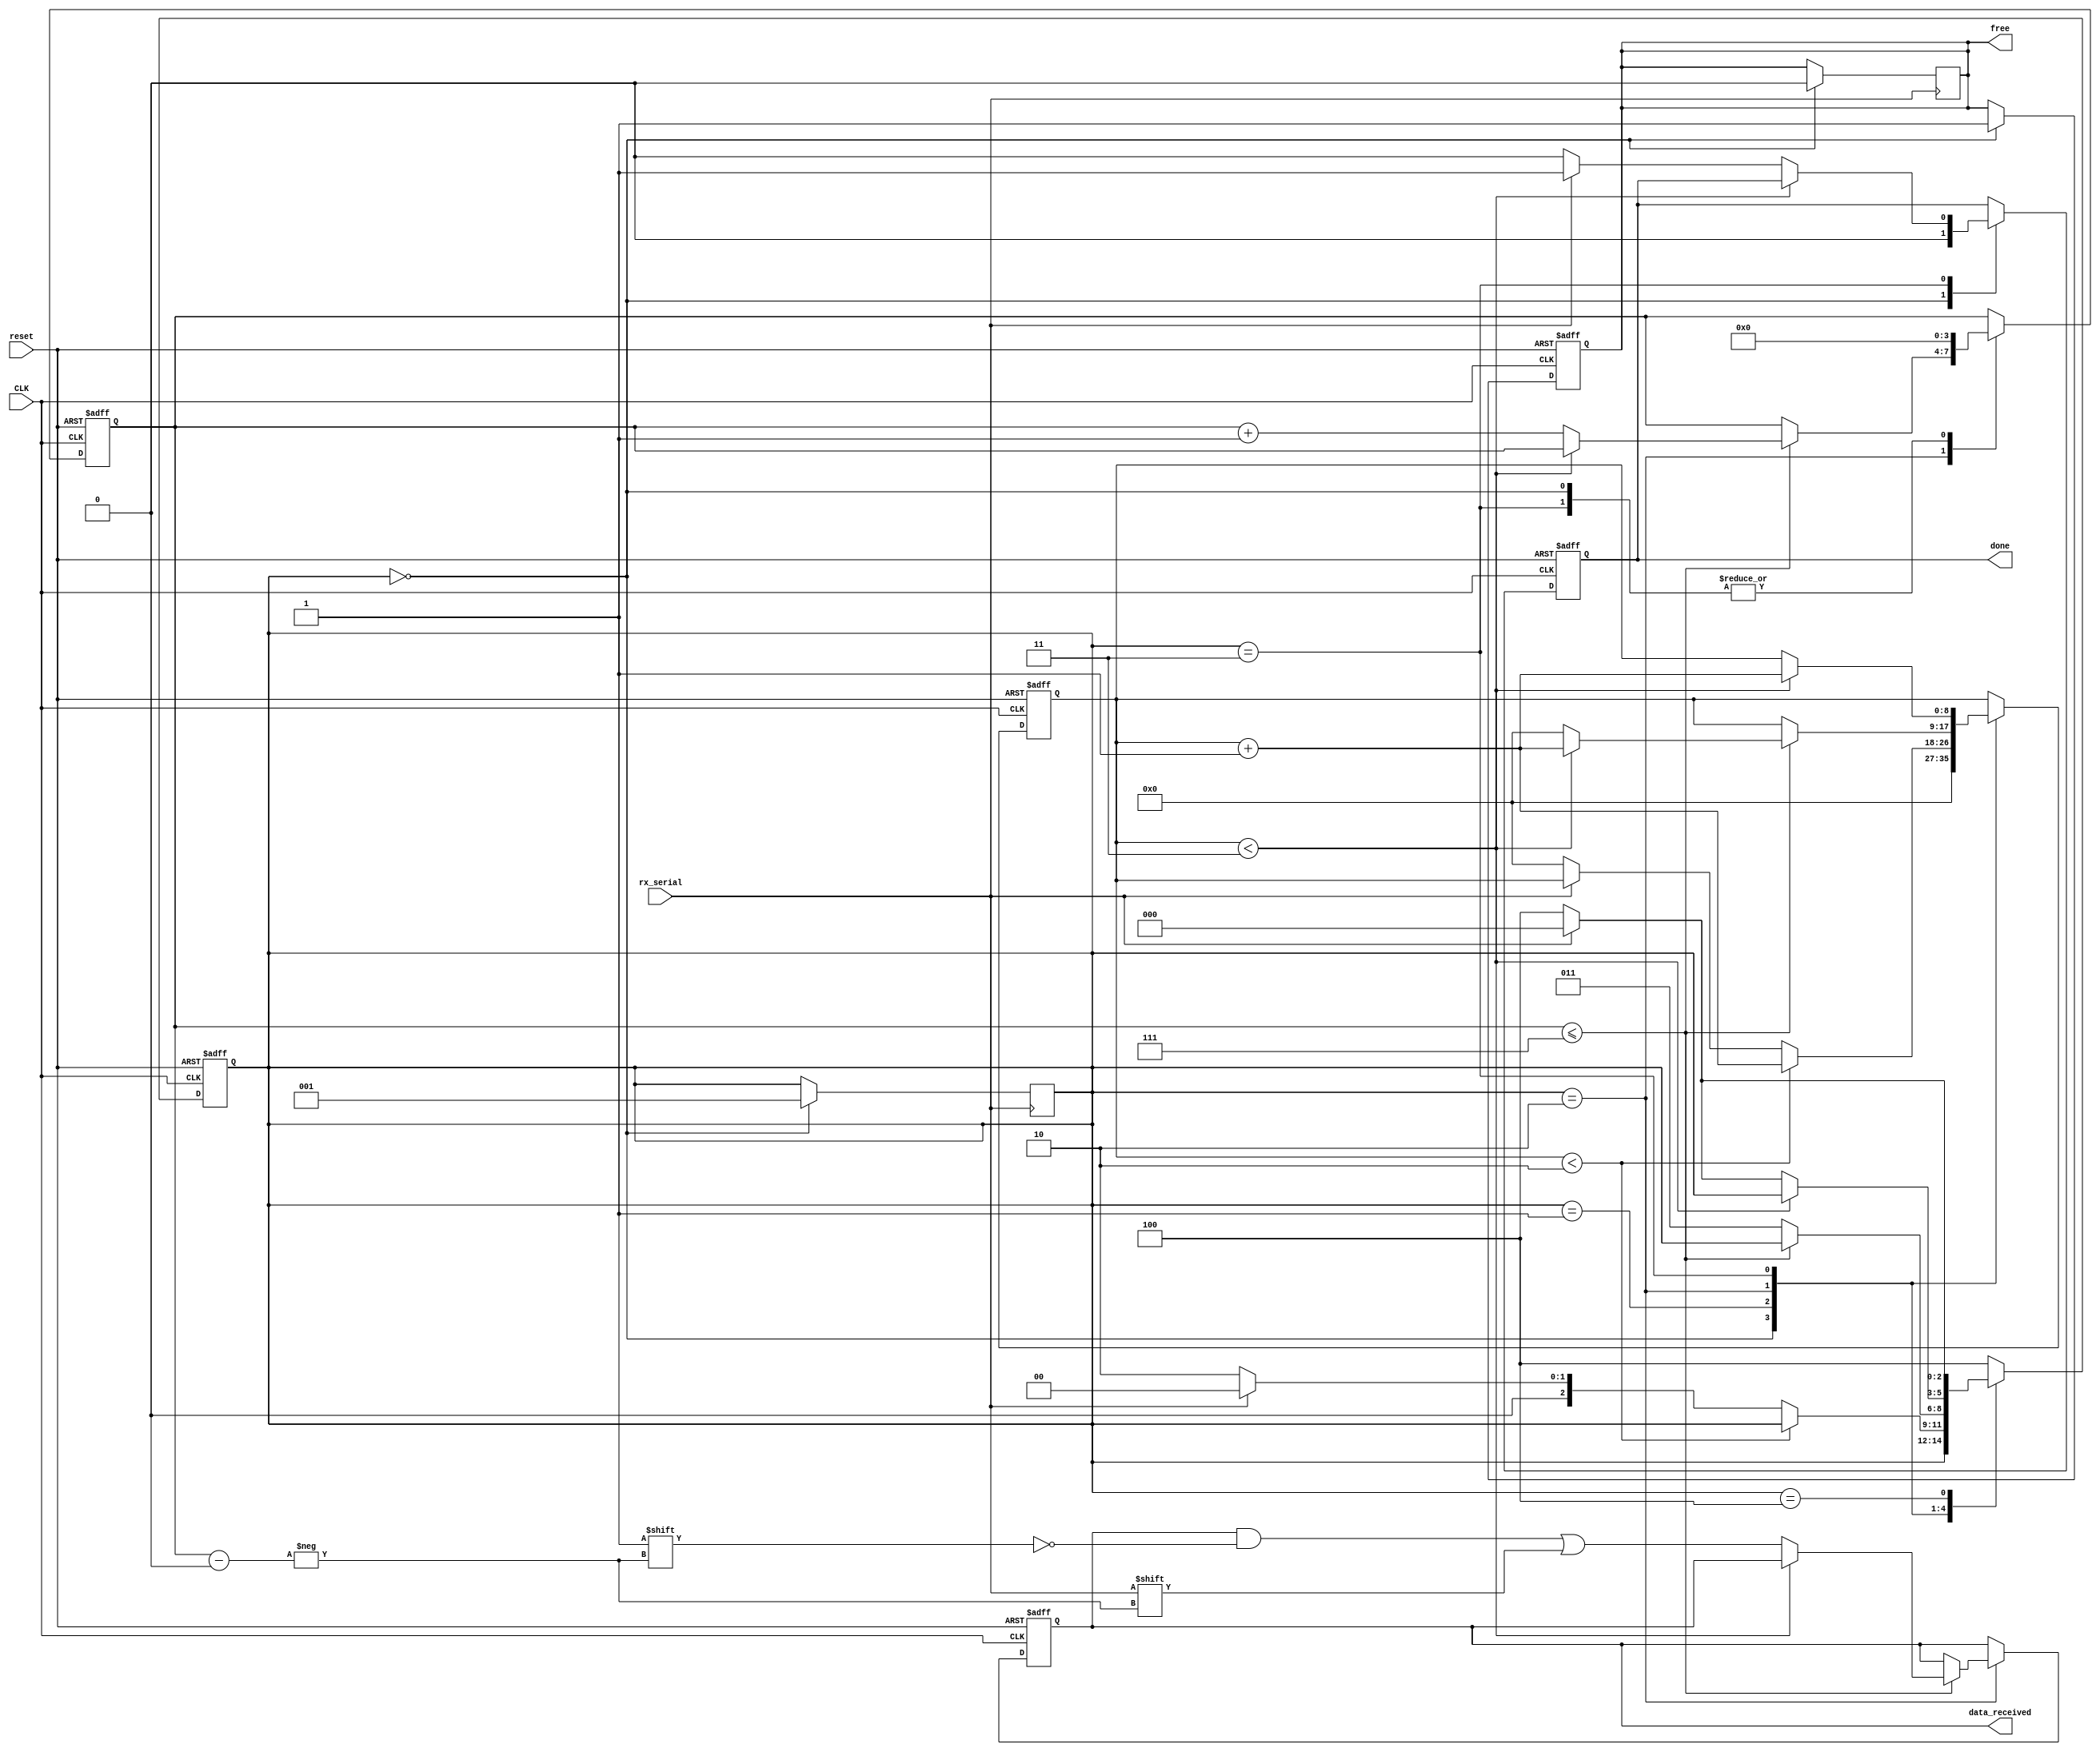
`timescale 1ps / 1ps
/*CPU frequency = 50 MHz*/
/*Baud Rate = 115200 bits per second*/
/*each bit needs (50,000,000)/(115,200) = 434 cycles*/
`define clocks_per_bit 4 /*I'm using only 4 cycles for each bit to make testing easier*/
`define IDLE      3'b000
`define START_BIT 3'b001
`define DATA_BITS 3'b010
`define STOP_BIT  3'b011
`define DELAY     3'b100

module receiver(
    input CLK,
    input rx_serial,
    input reset,
    output reg free,
    output reg done,
    output reg [7:0]data_received
    );
    
    reg [2:0]current_state;
    reg [3:0]rx_index;
    reg [8:0]clock_cycles;
    
    always @(negedge rx_serial) begin /*begi always*/
        if (current_state == `IDLE) begin
            current_state <= `START_BIT;
            free <= 0;
        end
    end /*end always*/
    
    always @(posedge CLK or posedge reset) begin /*begin always*/
        if (reset) begin
            free <= 1;
            done <= 0;
            data_received <= 0;
            current_state <= `IDLE;
            rx_index <= 0;
            clock_cycles <= 0;
        end
        else begin
        case (current_state) /*begin case*/
        
            `IDLE : begin /*begin IDLE*/
                rx_index <= 0;
                clock_cycles <= 0;
                done <= 0;
                free <= 1;
            end /*end IDLE*/
            
            `START_BIT : begin /*begin START_BIT*/
                if (clock_cycles < (`clocks_per_bit / 2)) clock_cycles <= clock_cycles + 1; /*wait for a half bit time*/
                else begin
                    if (rx_serial == 0) begin /*START BIT detected*/
                        current_state <= `DATA_BITS;
                        clock_cycles <= 0;
                    end
                    else begin /*START BIT not detected*/
                        current_state <= `IDLE;
                    end
                end
            end /*end START_BIT*/
            
            `DATA_BITS : begin /*begin DATA_BITS*/
                if (rx_index <= 7)begin
                    /*wait for a full bit time*/
                    if (clock_cycles < (`clocks_per_bit - 1)) clock_cycles <= clock_cycles + 1;
                    else begin
                        data_received[rx_index] <= rx_serial;
                        rx_index <= rx_index + 1;
                        clock_cycles <= 0;
                    end
                end
                else begin
                    current_state <= `STOP_BIT;
                end
            end /*end DATA_BITS*/
            
            `STOP_BIT : begin /*begin STOP_BIT*/
                rx_index <= 0;
                if (clock_cycles < (`clocks_per_bit - 1)) clock_cycles <= clock_cycles + 1;
                else begin
                    if (rx_serial) begin /*STOP BIT detected*/
                        current_state = `IDLE;
                        done <= 1;
                    end
                    else begin /*STOP BIT not detected*/
                        current_state = `DELAY;
                        done <= 0;
                    end
                end
            end /*end STOP_BIT*/
            
            `DELAY : begin /*begin DELAY*/
                if (rx_serial) begin
                    current_state <= `IDLE;
                end
                else begin
                    current_state <= `DELAY;
                end
            end /*end DELAY*/
            
            default :
                current_state <= `DELAY;
            
        endcase
        end
    end /*end always*/
    
endmodule